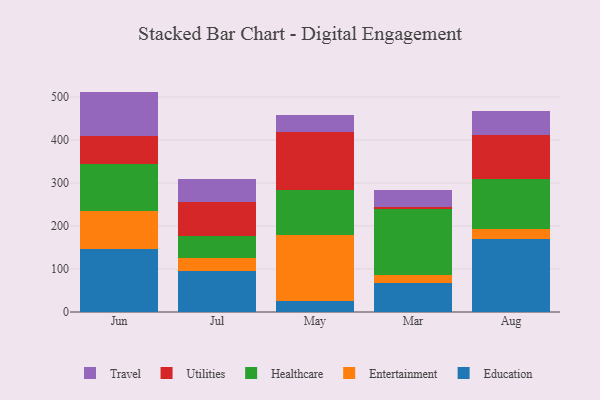
{"axis": {"x": "Month", "y": "Inventory Turnover"}, "legend": ["Education", "Entertainment", "Healthcare", "Travel", "Utilities"], "data": [{"x": "Jun", "y": 145.4, "type": "Education"}, {"x": "Jun", "y": 89.4, "type": "Entertainment"}, {"x": "Jun", "y": 110.5, "type": "Healthcare"}, {"x": "Jun", "y": 64.2, "type": "Utilities"}, {"x": "Jun", "y": 103.0, "type": "Travel"}, {"x": "Jul", "y": 96.4, "type": "Education"}, {"x": "Jul", "y": 28.6, "type": "Entertainment"}, {"x": "Jul", "y": 51.1, "type": "Healthcare"}, {"x": "Jul", "y": 79.5, "type": "Utilities"}, {"x": "Jul", "y": 53.0, "type": "Travel"}, {"x": "May", "y": 24.8, "type": "Education"}, {"x": "May", "y": 154.1, "type": "Entertainment"}, {"x": "May", "y": 103.9, "type": "Healthcare"}, {"x": "May", "y": 134.7, "type": "Utilities"}, {"x": "May", "y": 40.0, "type": "Travel"}, {"x": "Mar", "y": 68.2, "type": "Education"}, {"x": "Mar", "y": 18.4, "type": "Entertainment"}, {"x": "Mar", "y": 152.7, "type": "Healthcare"}, {"x": "Mar", "y": 5.9, "type": "Utilities"}, {"x": "Mar", "y": 37.7, "type": "Travel"}, {"x": "Aug", "y": 169.4, "type": "Education"}, {"x": "Aug", "y": 23.9, "type": "Entertainment"}, {"x": "Aug", "y": 116.3, "type": "Healthcare"}, {"x": "Aug", "y": 102.8, "type": "Utilities"}, {"x": "Aug", "y": 55.5, "type": "Travel"}]}